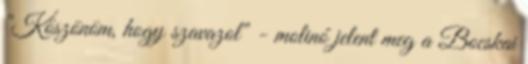
"Köszönöm, hogy szavazol" - molinó jelent meg a Bocskai